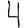
Digit: 4